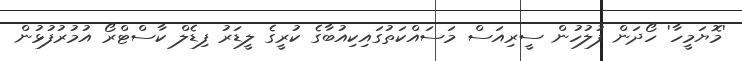
'މޮޔަމީހާ' ހޯދަން ފުލުހުން ސީރިއަސް މަސައްކަތުގައިކިއުބާގެ ކުރީގެ ލީޑަރު ފިޑެލް ކާސްޓްރޯ އުމުރުފުޅުން